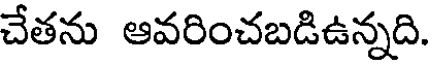
చేతను ఆవరించబడిఉన్నది.